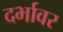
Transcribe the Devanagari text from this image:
दर्भावर